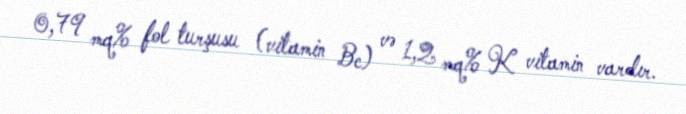
0,79 mq% fol turşusu (vitamin Bc) və 1,2 mq% K vitamin vardır.